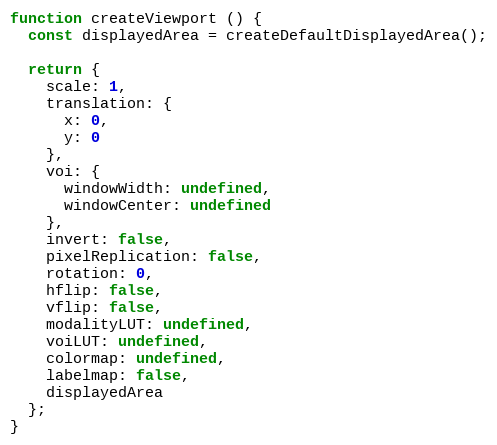
Language: JavaScript
function createViewport () {
  const displayedArea = createDefaultDisplayedArea();

  return {
    scale: 1,
    translation: {
      x: 0,
      y: 0
    },
    voi: {
      windowWidth: undefined,
      windowCenter: undefined
    },
    invert: false,
    pixelReplication: false,
    rotation: 0,
    hflip: false,
    vflip: false,
    modalityLUT: undefined,
    voiLUT: undefined,
    colormap: undefined,
    labelmap: false,
    displayedArea
  };
}